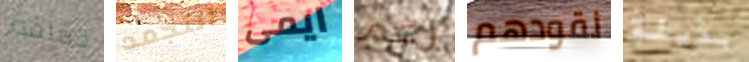
مقلقة التجمد ايمى رغم نقودهم بذيئة